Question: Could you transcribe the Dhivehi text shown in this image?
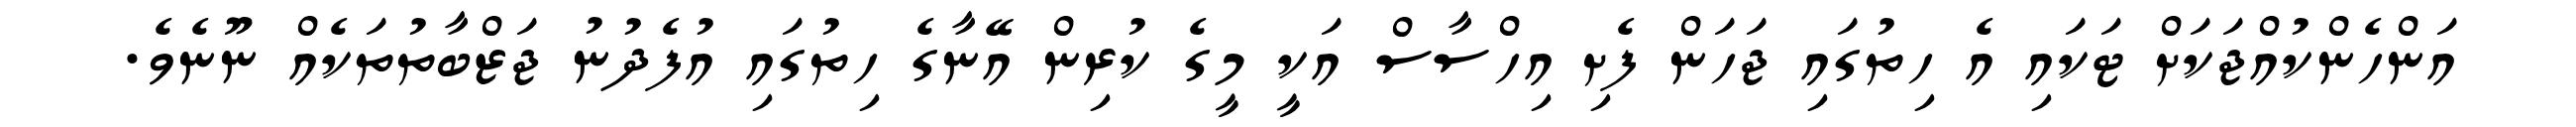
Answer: އަންހެންކުއްޖަކަށް ޓަކައި އެ ހިތުގައި ޖަހަން ފެށި އިހްސާސް އަކީ މީގެ ކުރިން އޭނާގެ ހިތުގައި އުފެދުނު ޖަޒްބާތުތަކެއް ނޫނެވެ.